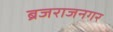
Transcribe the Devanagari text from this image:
ब्रजराजनगर